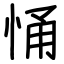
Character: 悀